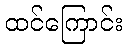
ထင်ကြောင်း